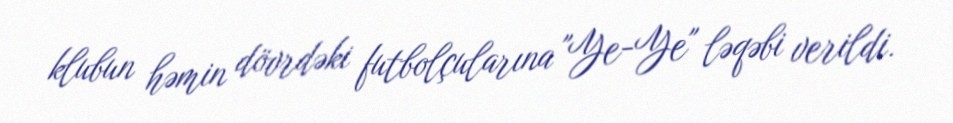
klubun həmin dövrdəki futbolçularına "Ye-Ye" ləqəbi verildi.